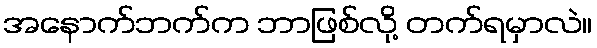
အနောက်ဘက်က ဘာဖြစ်လို့ တက်ရမှာလဲ။